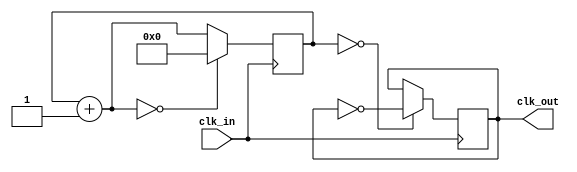
//////////////////////////////////////////////////////////////////
//                                                              //
//  Clock manager for Edge core                                 //
//                                                              //
//  This file is part of the Edge project                       //
//  http://www.opencores.org/project,edge                       //
//                                                              //
//  Description                                                 //
//  The clock manager depends on counter concept to output the  //
//  desired clock frequency.                                    //
//                                                              //
//  Author(s):                                                  //
//      - Hesham AL-Matary, heshamelmatary@gmail.com            //
//                                                              //
//////////////////////////////////////////////////////////////////
//                                                              //
// Copyright (C) 2014 Authors and OPENCORES.ORG                 //
//                                                              //
// This source file may be used and distributed without         //
// restriction provided that this copyright statement is not    //
// removed from the file and that any derivative work contains  //
// the original copyright notice and the associated disclaimer. //
//                                                              //
// This source file is free software; you can redistribute it   //
// and/or modify it under the terms of the GNU Lesser General   //
// Public License as published by the Free Software Foundation; //
// either version 2.1 of the License, or (at your option) any   //
// later version.                                               //
//                                                              //
// This source is distributed in the hope that it will be       //
// useful, but WITHOUT ANY WARRANTY; without even the implied   //
// warranty of MERCHANTABILITY or FITNESS FOR A PARTICULAR      //
// PURPOSE.  See the GNU Lesser General Public License for more //
// details.                                                     //
//                                                              //
// You should have received a copy of the GNU Lesser General    //
// Public License along with this source; if not, download it   //
// from http://www.opencores.org/lgpl.shtml                     //
//                                                              //
//////////////////////////////////////////////////////////////////

module clock_manager
#
(
  parameter SYSCLK = 100000000, // 100 MHz for atlys board
  parameter CLK_OUT = 100000000, // desizred clock output
  parameter DIV=1,
  parameter MUL=1
)
(
  input clk_in,
  output clk_out   
);

reg[31:0] counter = 0;
reg clk_buffer = 0;

always @(posedge clk_in)
begin
  if(counter == 32'd0)
    clk_buffer = ~clk_buffer;
    
  counter = counter + 1;
  
  if (counter == (SYSCLK/CLK_OUT)/2)
    counter = 31'd0; 
end

assign clk_out = clk_buffer;

endmodule